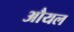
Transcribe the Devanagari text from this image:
औयल